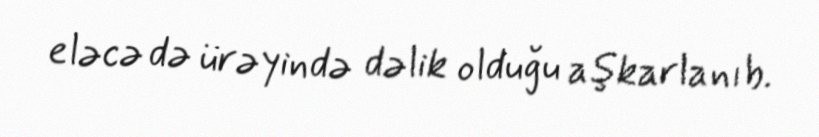
eləcə də ürəyində dəlik olduğu aşkarlanıb.